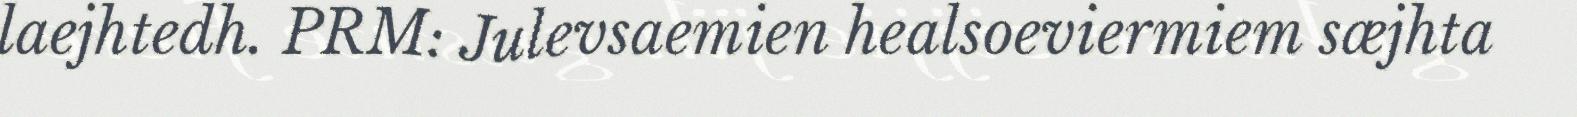
laejhtedh. PRM: Julevsaemien healsoeviermiem sæjhta